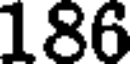
186